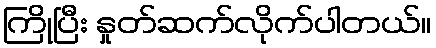
ကြိုပြီး နှုတ်ဆက်လိုက်ပါတယ်။